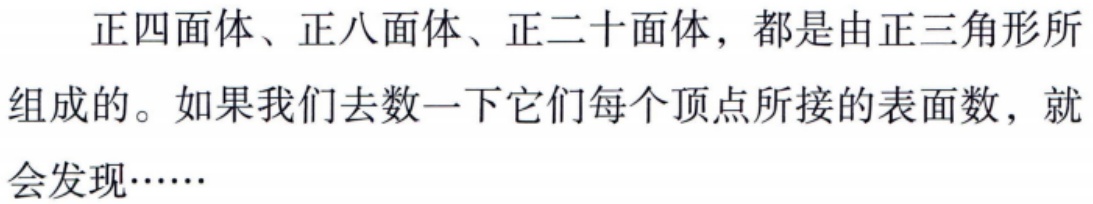
正四面体、正八面体、正二十面体，都是由正三角形所组成的。如果我们去数一下它们每个顶点所接的表面数，就会发现……